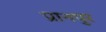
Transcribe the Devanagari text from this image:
प्रानपुर